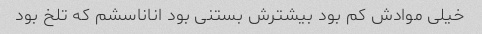
خیلی موادش کم بود بیشترش بستنی بود اناناسشم که تلخ بود